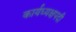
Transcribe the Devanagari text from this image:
कार्यध्यक्षपदी